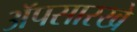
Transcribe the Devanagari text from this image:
ॲपसारखे